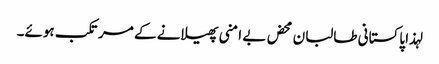
لہذا پاکستانی طالبان محض بے امنی پھیلانے کے مرتکب ہوئے۔